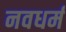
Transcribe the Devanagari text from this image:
नवधर्म